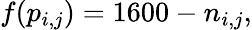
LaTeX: f(p_{i,j})=1600-n_{i,j},